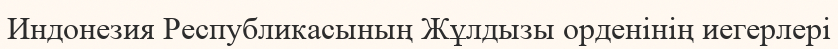
Индонезия Республикасының Жұлдызы орденінің иегерлері